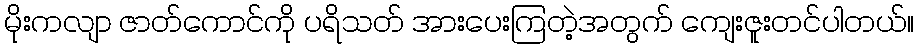
မိုးကလျာ ဇာတ်ကောင်ကို ပရိသတ် အားပေးကြတဲ့အတွက် ကျေးဇူးတင်ပါတယ်။